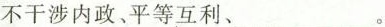
不干涉内政、平等互利、___。